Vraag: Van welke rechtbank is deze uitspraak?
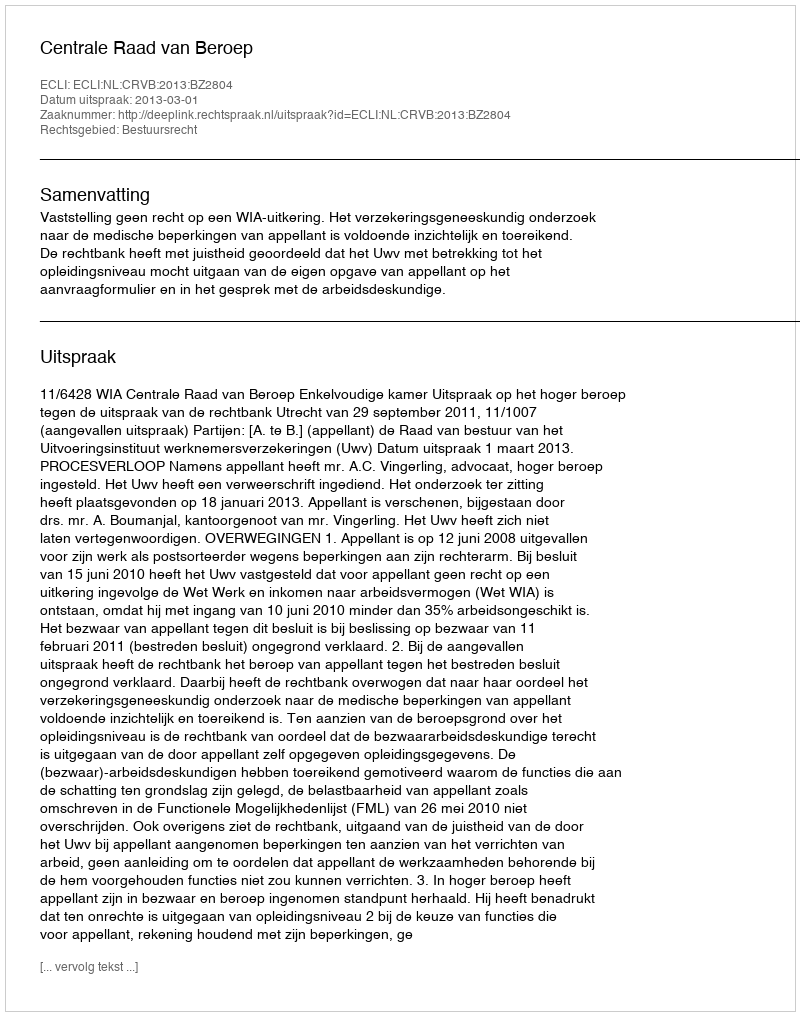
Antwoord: Centrale Raad van Beroep